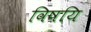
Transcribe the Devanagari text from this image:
विषयि